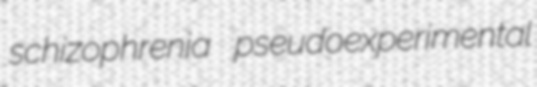
schizophrenia pseudoexperimental